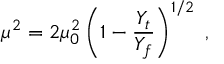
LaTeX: \mu ^ { 2 } = 2 \mu _ { 0 } ^ { 2 } \left( 1 - \frac { Y _ { t } } { Y _ { f } } \right) ^ { 1 / 2 } \; ,